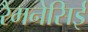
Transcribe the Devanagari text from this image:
रैमनेसिई